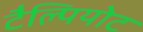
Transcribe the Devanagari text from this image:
टैल्पियोट